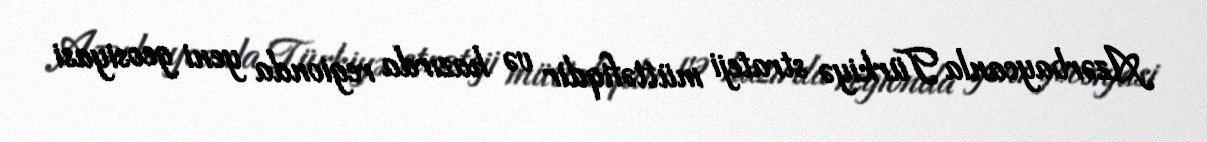
Azərbaycanla Türkiyə strateji müttəfiqdir və hazırda regionda yeni geosiyasi